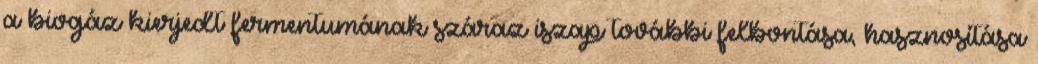
a biogáz kierjedt fermentumának száraz iszap további felbontása, hasznosítása